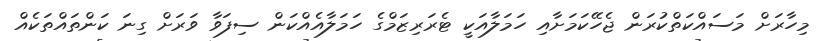
މިހާރަށް މަސައްކަތްކުރަން ޖެހޭކަމަށާއި ހަމަލާއަކީ ޓެރަރިޒަމްގެ ހަމަލާއެއްކަން ސިފަވާ ވަރަށް ގިނަ ކަންތައްތަކެއް